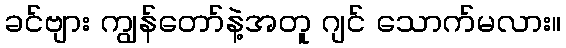
ခင်ဗျား ကျွန်တော်နဲ့အတူ ဂျင် သောက်မလား။